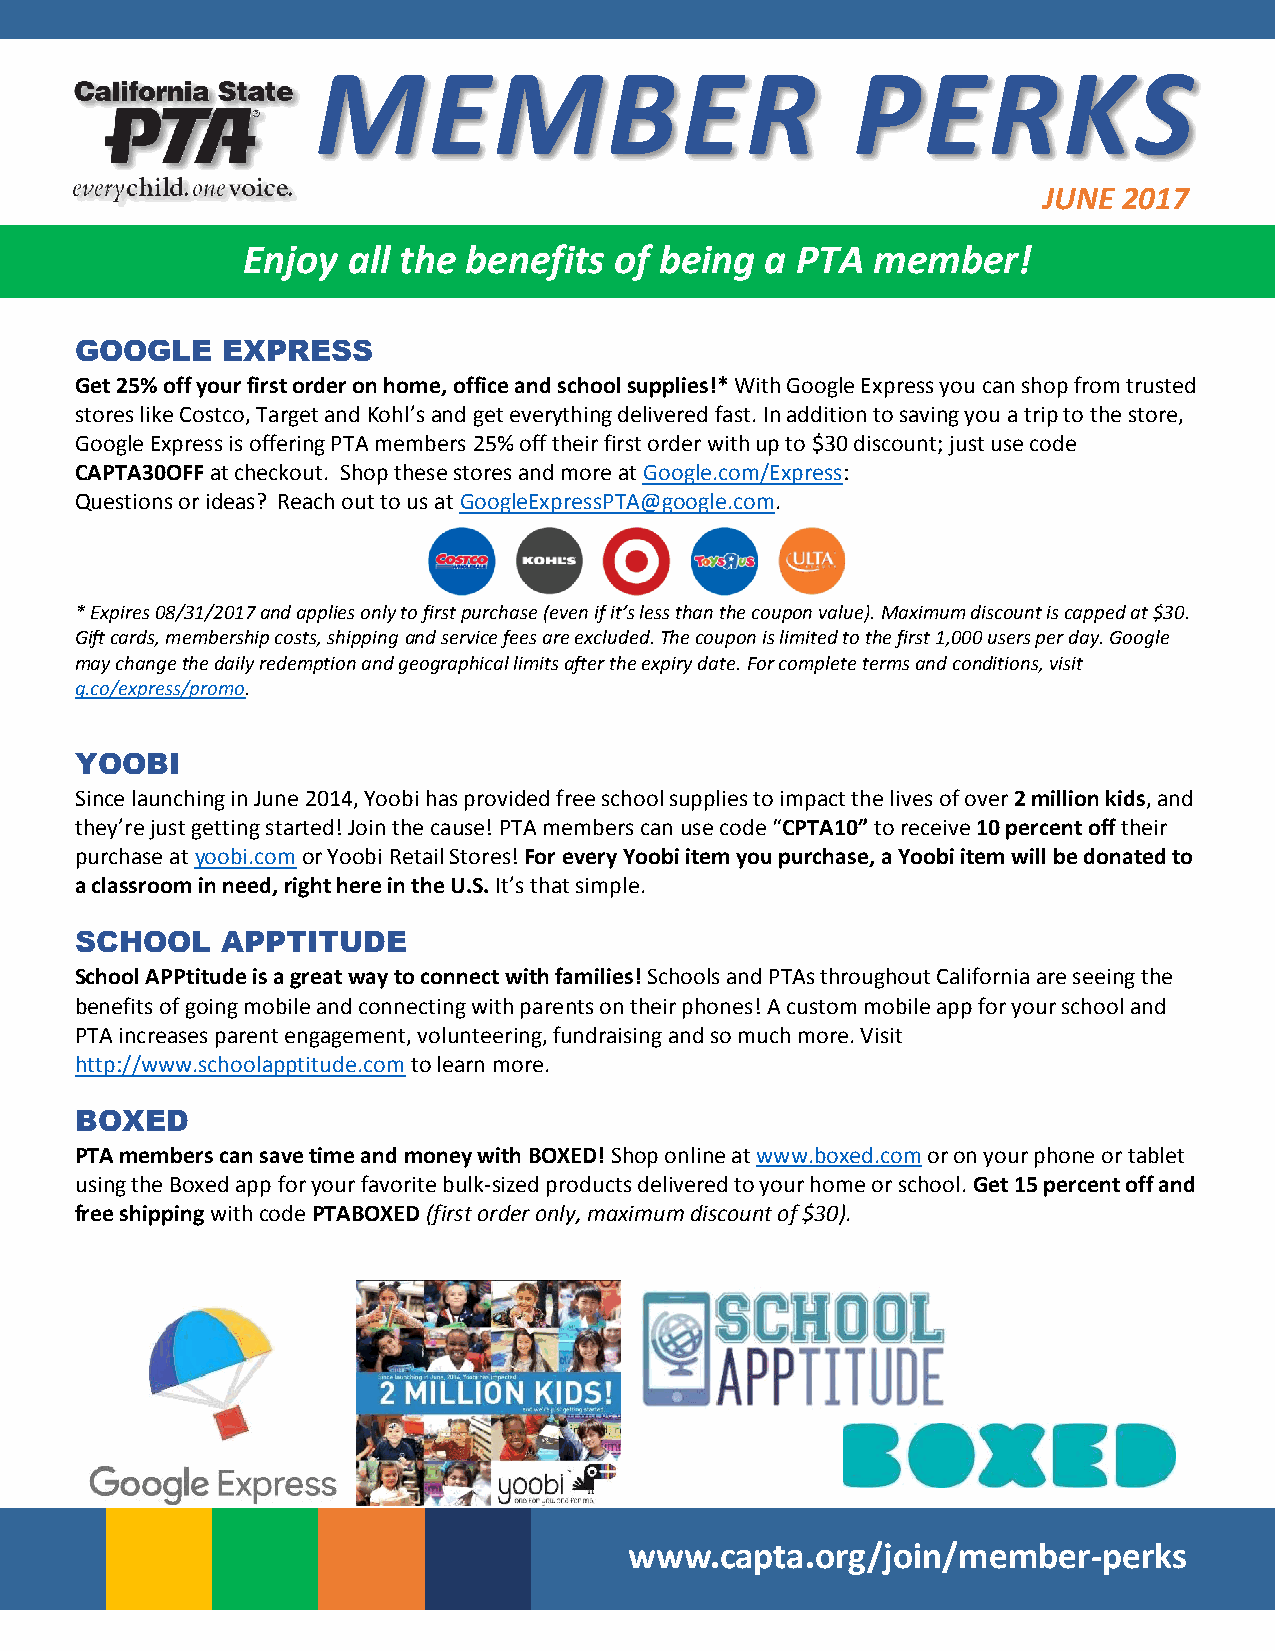
MEMBER                             PERKS
 JUNE 2017
 Enjoy  all the benefits  of being  a PTA  member!
 GOOGLE    EXPRESS
 Get 25% off your first order on home, office and school supplies!* With Google Express you can shop from trusted
 stores like Costco, Target and Kohl’s and get everything delivered fast. In addition to saving you a trip to the store,
 Google Express is offering PTA members 25% off their first order with up to $30 discount; just use code
 CAPTA30OFF at checkout. Shop these stores and more at Google.com/Express:
 Questions or ideas? Reach out to us at GoogleExpressPTA@google.com.
 * Expires 08/31/2017 and applies only to first purchase (even if it’s less than the coupon value). Maximum discount is capped at $30.
 Gift cards, membership costs, shipping and service fees are excluded. The coupon is limited to the first 1,000 users per day. Google
 may change the daily redemption and geographical limits after the expiry date. For complete terms and conditions, visit
 g.co/express/promo.
 YOOBI
 Since launching in June 2014, Yoobi has provided free school supplies to impact the lives of over 2 million kids, and
 they’re just getting started! Join the cause! PTA members can use code “CPTA10” to receive 10 percent off their
 purchase at yoobi.com or Yoobi Retail Stores! For every Yoobi item you purchase, a Yoobi item will be donated to
 a classroom in need, right here in the U.S. It’s that simple.
 SCHOOL    APPTITUDE
 School APPtitude is a great way to connect with families! Schools and PTAs throughout California are seeing the
 benefits of going mobile and connecting with parents on their phones! A custom mobile app for your school and
 PTA increases parent engagement, volunteering, fundraising and so much more. Visit
 http://www.schoolapptitude.com to learn more.
 BOXED
 PTA members can save time and money with BOXED! Shop online at www.boxed.com or on your phone or tablet
 using the Boxed app for your favorite bulk-sized products delivered to your home or school. Get 15 percent off and
 free shipping with code PTABOXED (first order only, maximum discount of $30).
 www.capta.org/join/member-perks